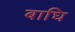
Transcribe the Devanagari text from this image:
बाघि